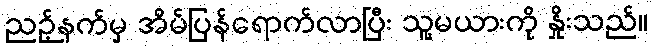
ညဉ့်နက်မှ အိမ်ပြန်ရောက်လာပြီး သူ့မယားကို နှိုးသည်။